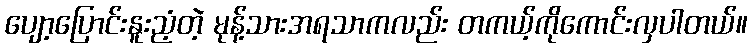
ပျော့ပြောင်းနူးညံ့တဲ့ မုန့်သားအရသာကလည်း တကယ့်ကိုကောင်းလှပါတယ်။